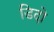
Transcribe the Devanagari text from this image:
डिदो